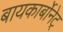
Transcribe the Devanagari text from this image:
बायकार्बोनेट्